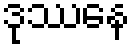
ဒုဿေန